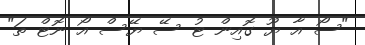
"ސޯ އާ ޔޫ ގޮއިން ޓު ސޭ ޔޭސް އޯ ނޮޓް ތަ"